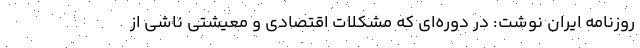
روزنامه ایران نوشت: در دوره‌ای که مشکلات اقتصادی و معیشتی ناشی از